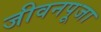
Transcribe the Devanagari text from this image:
जीवनपूजा